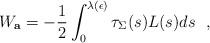
LaTeX: \begin{align*}W_{\bf a}=-{1\over 2}\int_0^{\lambda (\epsilon )}\tau_\Sigma (s) L(s)ds~~,\end{align*}